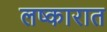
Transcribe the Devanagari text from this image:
लष्कारात